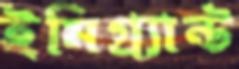
ইমিগ্র্যান্ট